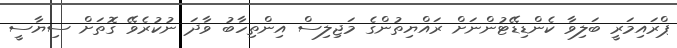
ޕްރައިމަރީ ބަލިވާ ކެންޑިޑޭޓުންނަށް ރައްޔިތުންގެ މަޖިލިސް އިންތިހާބު ވާދަ ނުކުރެވޭ ގޮތަށް ސިޔާސީ